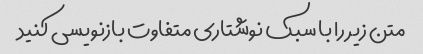
متن زیر را با سبک نوشتاری متفاوت بازنویسی کنید